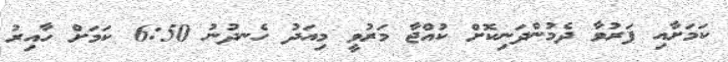
ކަމަށާއި ފަރުވާ ދެމުންދަނިކޮށް ކުއްޖާ މަރުވީ މިއަދު ހެނދުނު 6:50 ކަމަށް ހާއިރު